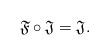
LaTeX: \begin{align*} \mathfrak F \circ \mathfrak J = \mathfrak J.\end{align*}